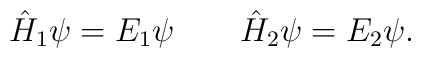
\hat H_1 \psi=E_1\psi\qquad\hat H_2\psi= E_2\psi.